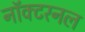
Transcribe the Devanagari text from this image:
नॉक्टरनल